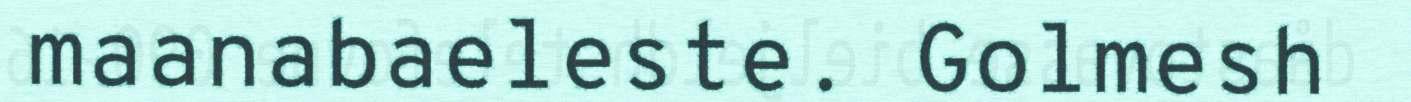
maanabaeleste. Golmesh